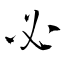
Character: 必